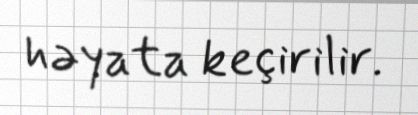
həyata keçirilir.